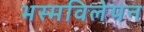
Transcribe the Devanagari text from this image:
भस्मविलेपन